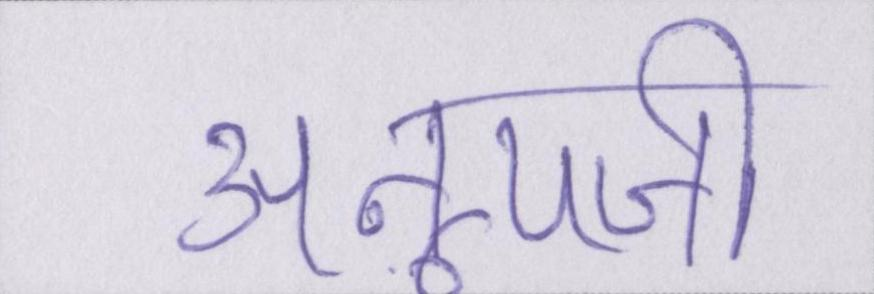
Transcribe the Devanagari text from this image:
अनूपजी